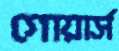
গোয়ার্স